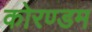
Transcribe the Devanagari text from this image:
कोरण्डम